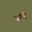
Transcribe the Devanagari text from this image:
चांदि